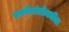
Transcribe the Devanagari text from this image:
एस्पेरांतोमधील